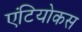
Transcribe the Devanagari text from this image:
एंटियोकस